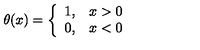
\theta ( x ) = \left\{ \begin{array} { c c } { 1 , } & { x > 0 } \\ { 0 , } & { x < 0 } \\ \end{array} \right.